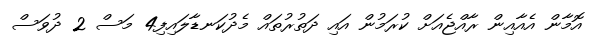
އޮމާން އެއާއިން ރާއްޖެއަށް ކުރަމުން އައި ދަތުރުތައް މެދުކަނޑާލައިފި4 މަސް 2 ދުވަސް